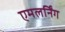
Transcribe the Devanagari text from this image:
एमलर्निंग